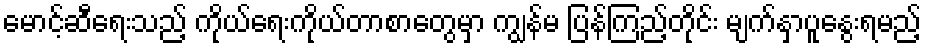
မောင့်ဆီရေးသည့် ကိုယ်ရေးကိုယ်တာစာတွေမှာ ကျွန်မ ပြန်ကြည့်တိုင်း မျက်နှာပူနွေးရမည့်